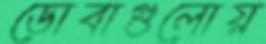
ডোবাগুলোয়